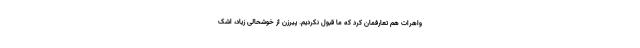
واهرات هم تعارفمان کرد که ما قبول نکردیم. پیرزن از خوشحالی زیاد، اشک